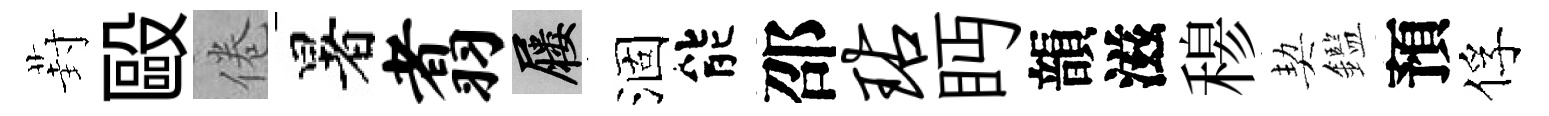
葑毆倦暑翥屨涸能邵玷眄韻滋𥠇契鑑預俘